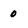
Character: 0